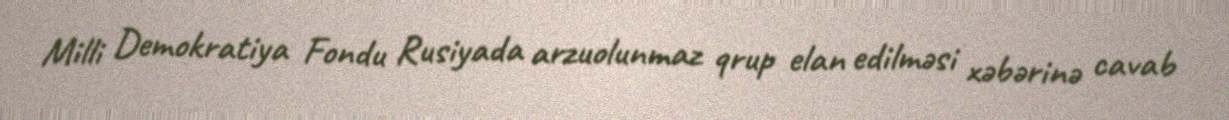
Milli Demokratiya Fondu Rusiyada arzuolunmaz qrup elan edilməsi xəbərinə cavab